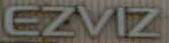
EZVIZ